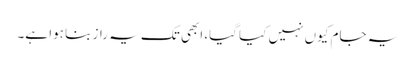
یہ جام کیوں نہیں کیا گیا، ابھی تک یہ راز بنا ہوا ہے۔